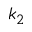
k _ { 2 }